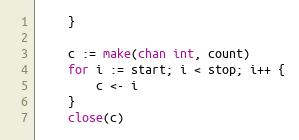
Language: Go
	}

	c := make(chan int, count)
	for i := start; i < stop; i++ {
		c <- i
	}
	close(c)